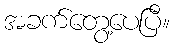
အခက်တွေ့ပေပြီ။